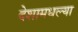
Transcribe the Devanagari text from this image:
देशामधल्या